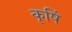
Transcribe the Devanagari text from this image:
कृषिं